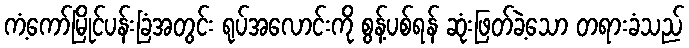
ကံ့ကော်မြိုင်ပန်းခြံအတွင်း ရုပ်အလောင်းကို စွန့်ပစ်ရန် ဆုံးဖြတ်ခဲ့သော တရားခံသည်